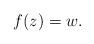
LaTeX: \begin{align*}f(z)=w.\end{align*}